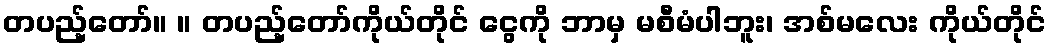
တပည့်တော်။ ။ တပည့်တော်ကိုယ်တိုင် ငွေကို ဘာမှ မစီမံပါဘူး၊ အစ်မလေး ကိုယ်တိုင်